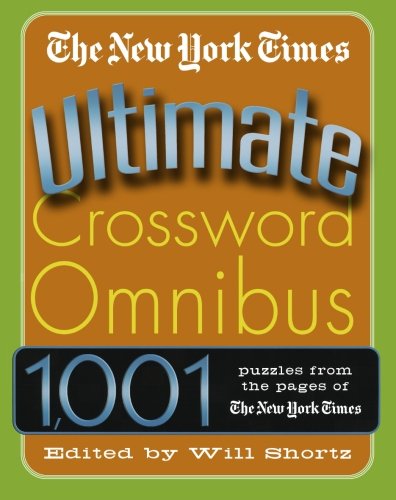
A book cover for The New York Times Ultimate Crossword Omnibus: 1,001 Puzzles from The New York Times; The New York Times; Humor & Entertainment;